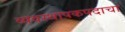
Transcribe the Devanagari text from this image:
व्यवस्थापकपदाचा